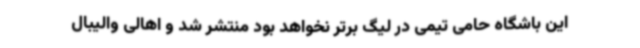
این باشگاه حامی تیمی در لیگ برتر نخواهد بود منتشر شد و اهالی والیبال